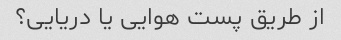
از طریق پست هوایی یا دریایی؟